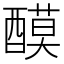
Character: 𨢢